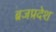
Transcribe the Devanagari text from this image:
ब्रजप्रदेश